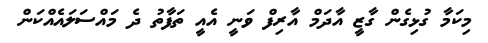
މިކަމާ ގުޅިގެން ގާޒީ އާދަމް އާރިފް ވަނީ އެއީ ތަފާތު ދެ މައްސަލައެއްކަން